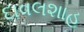
દાવલશાહ